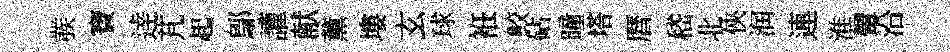
彂寶逹芃起鄔讙献薰塿玄球袵鲛砧曈塔暦嵇北俠润連淮翬沿